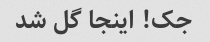
جک! اینجا گل شد